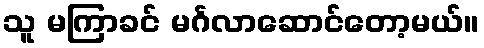
သူ မကြာခင် မင်္ဂလာဆောင်တော့မယ်။